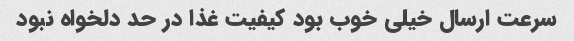
سرعت ارسال خیلی خوب بود کیفیت غذا در حد دلخواه نبود